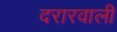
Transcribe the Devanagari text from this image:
दरारवाली